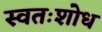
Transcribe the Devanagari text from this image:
स्वतःशोध